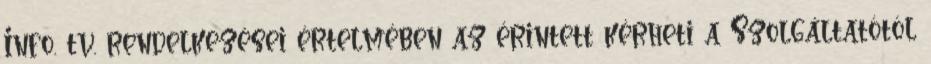
Info. tv. rendelkezései értelmében az érintett kérheti a Szolgáltatótól